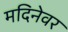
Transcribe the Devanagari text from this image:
मदिनेवर